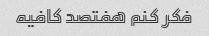
فکر کنم هفتصد کافیه